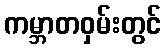
ကမ္ဘာတဝှမ်းတွင်